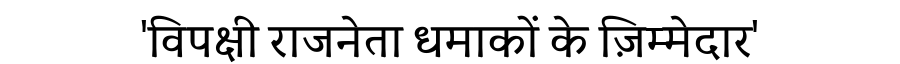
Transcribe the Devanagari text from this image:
'विपक्षी राजनेता धमाकों के ज़िम्मेदार'